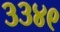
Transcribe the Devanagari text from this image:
३३४९